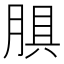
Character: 𰮬